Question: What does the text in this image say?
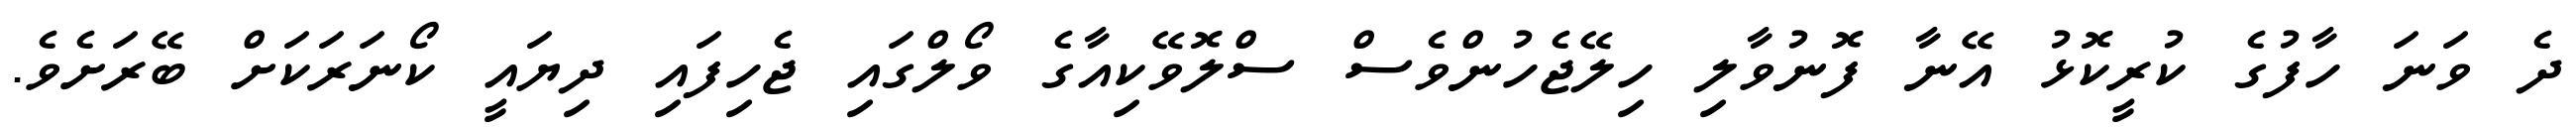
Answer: ދެ ވަނަ ހާފުގެ ކުރީކޮޅު އޭނާ ފޮނުވާލި ހިލޭޖެހުންވެސް ސްލޮވޭކިއާގެ ވޯލްގައި ޖެހިފައި ދިޔައީ ކޯނަރަކަށް ބޭރަށެވެ.